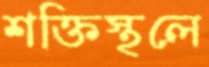
শক্তিস্থলে